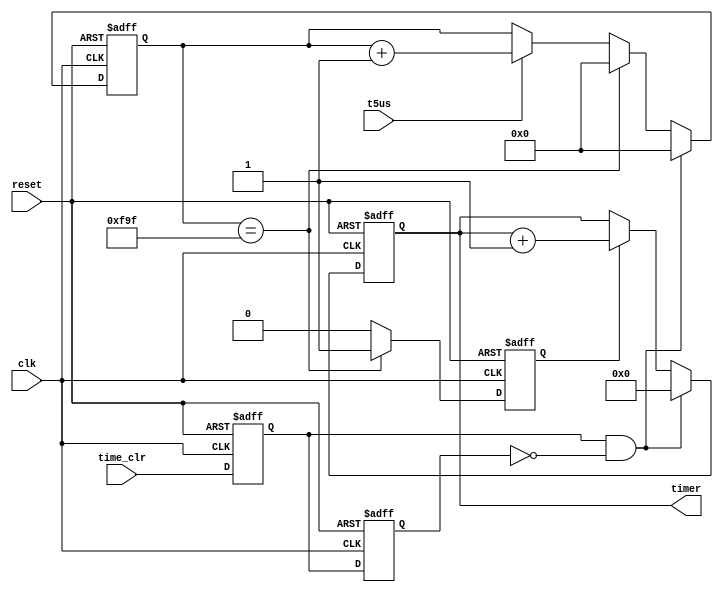
///////////////////////////////////////////////////////////////////////////////////////////////////
// Company: <Name>
//
// File history:
//      <Revision number>: <Date>: <Comments>
//      <Revision number>: <Date>: <Comments>
//      <Revision number>: <Date>: <Comments>
//
// Description: 
//
// <Description here>
//
// Targeted device: <Family::ProASIC3> <Die::A3P600> <Package::208 PQFP>
//
/////////////////////////////////////////////////////////////////////////////////////////////////// 

//`timescale <time_units> / <precision>
`define		US_CNT_MAX		(12'd3999)		//4000*5us = 20_000us = 20ms

module time_decode(
	input clk, reset,
	input time_clr,
	input t5us,
	output reg [15:0] timer
);
	//* 
	reg pold, pnew;
	always @(posedge clk, negedge reset)begin
		if(!reset) begin pold <= 1'b0; pnew <= 1'b0; end
		else begin pold <= pnew; pnew <= time_clr; end
	end
	
	wire timer_clr;
	assign timer_clr = pnew & (!pold);
	
	//* us
	//* 5us
	reg [11:0] us;
	always @(posedge clk,negedge reset)begin
		if(!reset) us <= {12{1'b0}};
		else if(timer_clr) us <= {12{1'b0}};
		else if(us == `US_CNT_MAX) us <= {12{1'b0}}; 
		else if(t5us) us <= us + 1'b1;
	end
	
	reg ms_en;
	always @(posedge clk,negedge reset)begin
		if(!reset) ms_en <= 1'b0;
		else if(us == `US_CNT_MAX) ms_en <= 1'b1;
		else ms_en <= 1'b0;
	end
	
	//* ms
	//* 20ms
	always @(posedge clk, negedge reset)begin
		if(!reset) timer <= {16{1'b0}};
		else if(timer_clr) timer <= {16{1'b0}};
		else if(ms_en) timer <= timer + 1'b1;
	end
	

endmodule